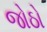
જોઠો